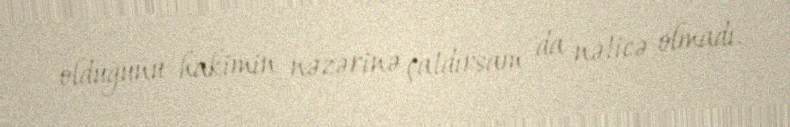
olduğunu hakimin nəzərinə çatdırsam da nəticə olmadı.